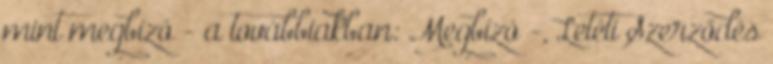
mint megbízó - a továbbiakban: Megbízó -, Letéti Szerződés